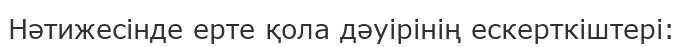
Нәтижесінде ерте қола дәуірінің ескерткіштері: